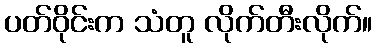
ပတ်ဝိုင်းက သံတူ လိုက်တီးလိုက်။